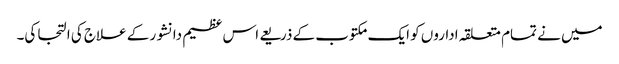
میں نے تمام متعلقہ اداروں کو ایک مکتوب کے ذریعے اس عظیم دانشور کے علاج کی التجا کی۔